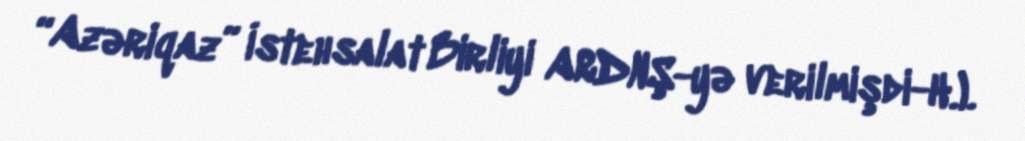
“Azəriqaz” İstehsalat Birliyi ARDNŞ-yə verilmişdi-H.).